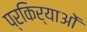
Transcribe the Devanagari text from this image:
प्रकिर्याओं